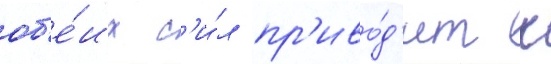
об'е́их с'и́л пр'иво́д'ит к